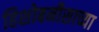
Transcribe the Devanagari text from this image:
हिशोबनीसाच्या